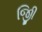
જીિી